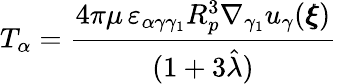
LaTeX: T_{\alpha}=\frac{4\pi\mu\, \varepsilon_{\alpha\gamma\gamma_{1}}R_{p}^{3}\nabla_{\gamma_{1}}u_{\gamma}({\pmb\xi})}{(1+3\hat{\lambda})}